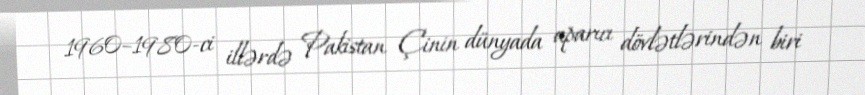
1960–1980-ci illərdə Pakistan Çinin dünyada aparıcı dövlətlərindən biri